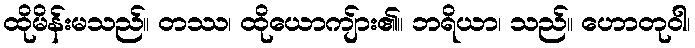
ထိုမိန်းမသည်။ တဿ၊ ထိုယောကျ်ား၏။ ဘရိယာ၊ သည်။ ဟောတုဝါ၊